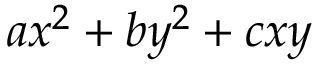
a x ^ { 2 } + b y ^ { 2 } + c x y